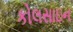
કોલસાઇન